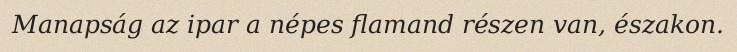
Manapság az ipar a népes flamand részen van, északon.